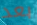
بعد